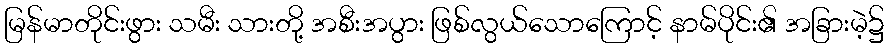
မြန်မာတိုင်းဖွား သမီး သားတို့ အစီးအပွား ဖြစ်လွယ်သောကြောင့် နာမ်ပိုင်း၏ အခြားမဲ့၌